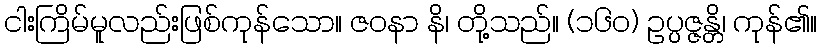
ငါးကြိမ်မူလည်းဖြစ်ကုန်သော။ ဇဝနာ နိ၊ တို့သည်။ (၁၆၀) ဥပ္ပဇ္ဇန္တိ၊ ကုန်၏။